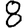
Digit: 8